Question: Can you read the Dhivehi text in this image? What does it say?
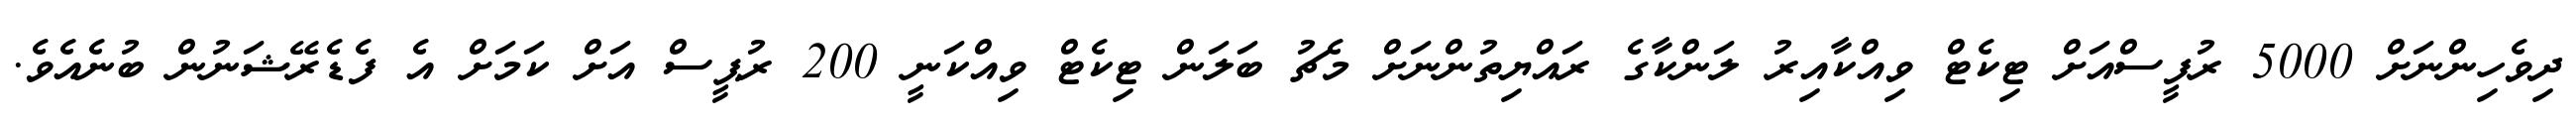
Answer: ދިވެހިންނަށް 5000 ރުފީސްއަށް ޓިކެޓް ވިއްކާއިރު ލަންކާގެ ރައްޔިތުންނަށް މެޗު ބަލަން ޓިކެޓް ވިއްކަނީ 200 ރުޕީސް އަށް ކަމަށް އެ ފެޑެރޭޝަނުން ބުނެއެވެ.